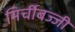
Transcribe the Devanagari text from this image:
मिर्चीबज्जी